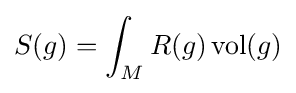
S(g)=\int _{M}R(g)\operatorname {vol} (g)